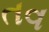
તવ